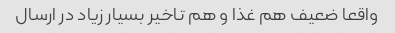
واقعا ضعیف هم غذا و هم تاخیر بسیار زیاد در ارسال